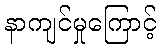
နာကျင်မှုကြောင့်